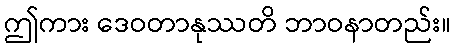
ဤကား ဒေဝတာနုဿတိ ဘာဝနာတည်း။